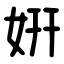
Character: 姸